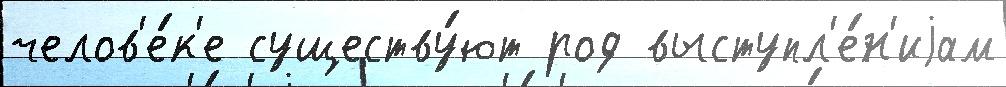
челов'е́к'е существу́ют род выступл'е́н'иjам